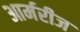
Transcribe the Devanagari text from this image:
आर्मरीज